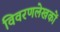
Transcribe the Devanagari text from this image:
विवरणलेखकों